Serum-therapy of plague in India - Number 20
Disease focus: Plague
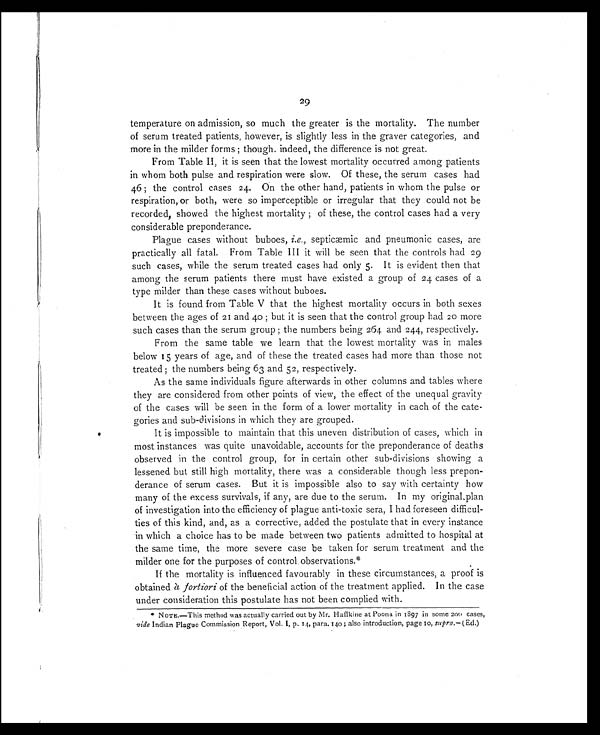
29
temperature on admission, so much the greater is the mortality. The number
of serum treated patients, however, is slightly less in the graver categories, and
more in the milder forms ; though indeed, the difference is not great.
From Table II, it is seen that the lowest mortality occurred among patients
in whom both pulse and respiration were slow. Of these, the serum cases had
46 ; the control cases 24. On the other hand, patients in whom the pulse or
respiration, or both, were so imperceptible or irregular that they could not be
recorded, showed the highest mortality ; of these, the control cases had a very
considerable preponderance.
Plague cases without buboes, i.e., septicæmic and pneumonic cases, are
practically all fatal. From Table III it will be seen that the controls had 29
such cases, while the serum treated cases had only 5. It is evident then that
among the serum patients there must have existed a group of 24 cases of a
type milder than these cases without buboes.
It is found from Table V that the highest mortality occurs in both sexes
between the ages of 21 and 40 ; but it is seen that the control group had 20 more
such cases than the serum group ; the numbers being 264 and 244, respectively.
From the same table we learn that the lowest mortality was in males
below 15 years of age, and of these the treated cases had more than those not
treated ; the numbers being 63 and 52, respectively.
As the same individuals figure afterwards in other columns and tables where
they are considered from other points of view, the effect of the unequal gravity
of the cases will be seen in the form of a lower mortality in each of the cate-
gories and sub-divisions in which they are grouped.
It is impossible to maintain that this uneven distribution of cases, which in
most instances was quite unavoidable, accounts for the preponderance of deaths
observed in the control group, for in certain other sub-divisions showing a
lessened but still high mortality, there was a considerable though less prepon-
derance of serum cases. But it is impossible also to say with certainty how
many of the excess survivals, if any, are due to the serum. In my original plan
of investigation into the efficiency of plague anti-toxic sera, I had foreseen difficul-
ties of this kind, and, as a corrective, added the postulate that in every instance
in which a choice has to be made between two patients admitted to hospital at
the same time, the more severe case be taken for serum treatment and the
milder one for the purposes of control observations.*
If the mortality is influenced favourably in these circumstances, a proof is
obtained à fortiori of the beneficial action of the treatment applied. In the case
under consideration this postulate has not been complied with.
* NOTE .—This method was actually carried out by Mr. Haffkine at Poona in 1897 in some 200 cases,
vide Indian Plague Commission Report, Vol. I, p. 14, para. 140 ; also introduction, page 10, supra. — (Ed.)